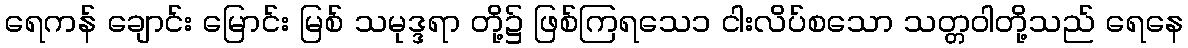
ရေကန် ချောင်း မြောင်း မြစ် သမုဒ္ဒရာ တို့၌ ဖြစ်ကြရသေ၁ ငါးလိပ်စသော သတ္တဝါတို့သည် ရေနေ